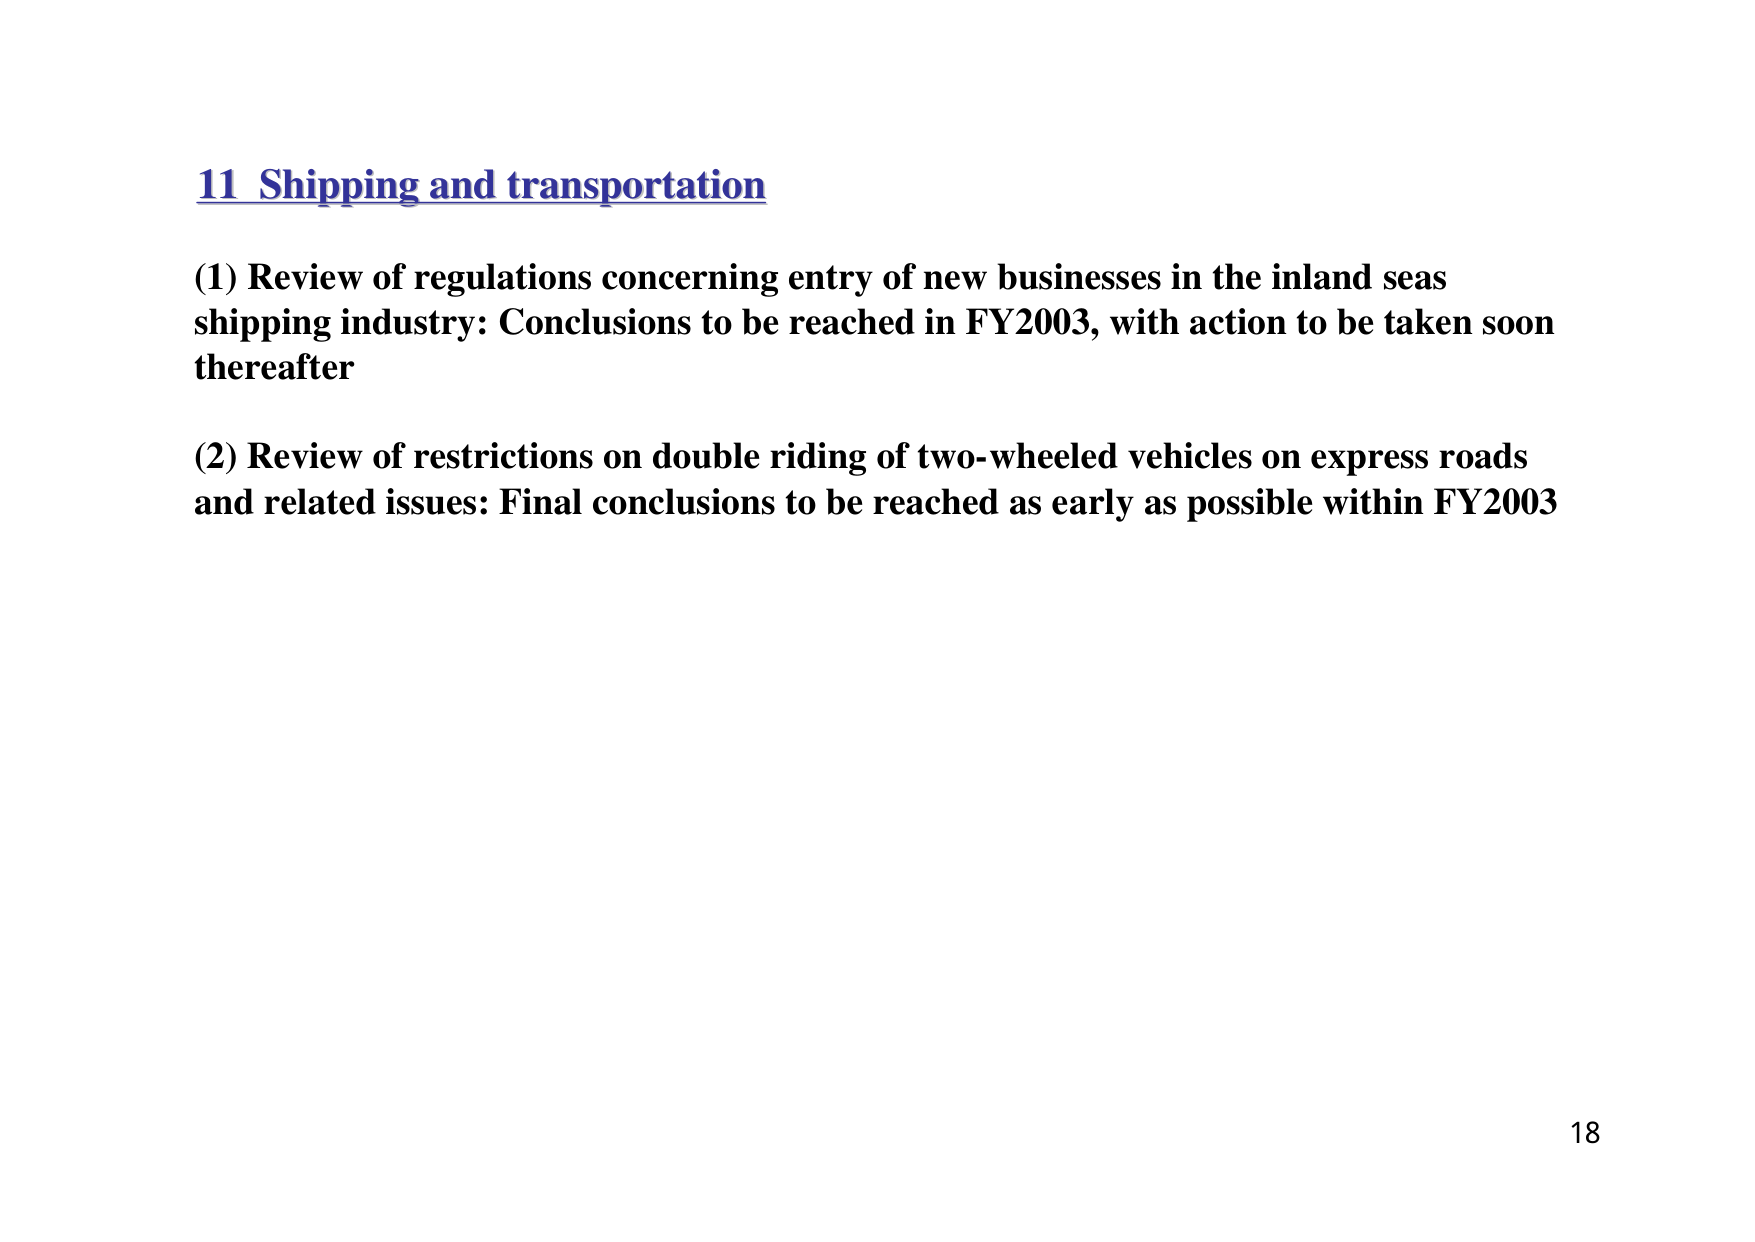
11 Shipping and transportation

(1) Review of regulations concerning entry of new businesses in the inland seas shipping industry: Conclusions to be reached in FY2003, with action to be taken soon thereafter

(2) Review of restrictions on double riding of two-wheeled vehicles on express roads and related issues: Final conclusions to be reached as early as possible within FY2003

18